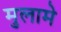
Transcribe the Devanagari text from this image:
मुलामे